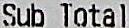
SUB TOTAL